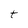
Character: t